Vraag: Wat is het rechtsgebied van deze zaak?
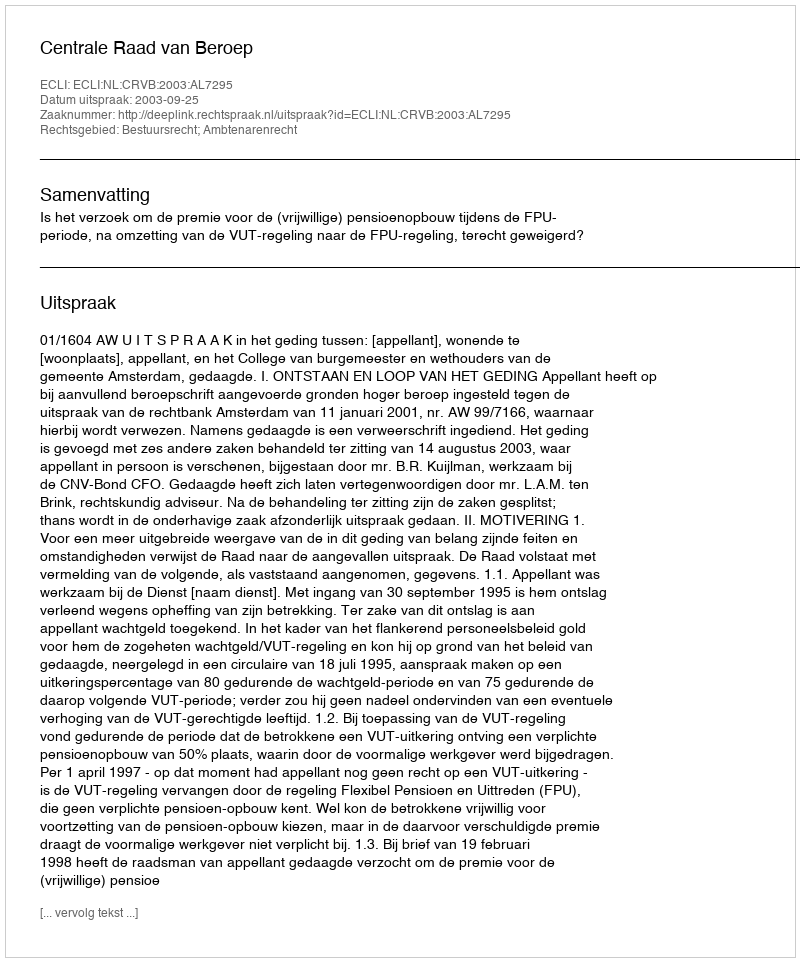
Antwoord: Bestuursrecht; Ambtenarenrecht